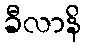
ခီလာနိ